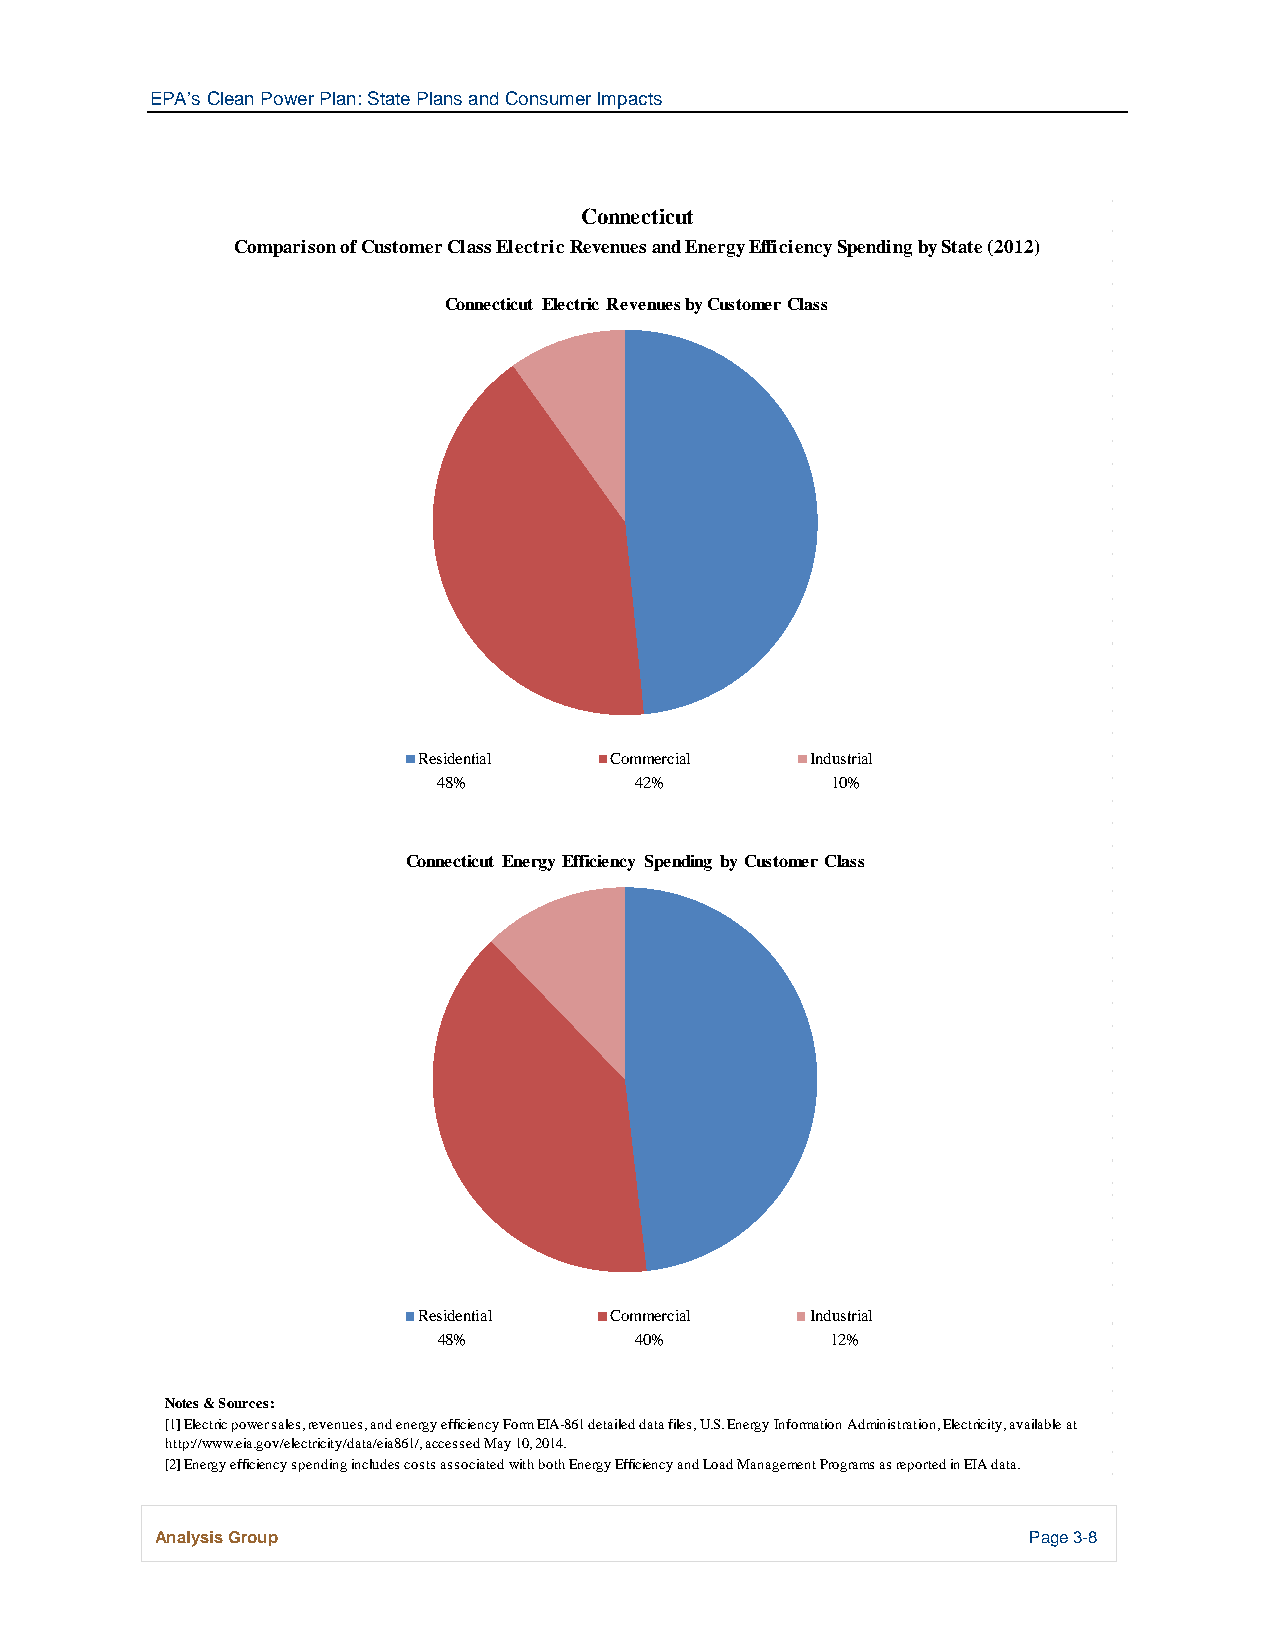
EPA’s Clean Power Plan: State Plans and Consumer Impacts
 Connecticut
 Comparison of Customer Class Electric Revenues and Energy Efficiency Spending by State (2012)
 Connecticut Electric Revenues by Customer Class
 Residential Commercial    Industrial
 48%          42%          10%
 Connecticut Energy Efficiency Spending by Customer Class
 Residential Commercial    Industrial
 48%          40%          12%
 Notes & Sources:
 [1] Electric power sales, revenues, and energy efficiency Form EIA-861 detailed data files, U.S. Energy Information Administration, Electricity, available at
 http://www.eia.gov/electricity/data/eia861/, accessed May 10, 2014.
 [2] Energy efficiency spending includes costs associated with both Energy Efficiency and Load Management Programs as reported in EIA data.
 Analysis Group                                            Page 3-8